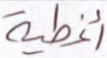
أغطية